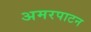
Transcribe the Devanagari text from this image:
अमरपाटन